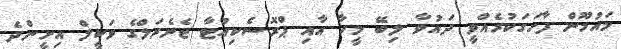
މައުމޫން ފާހަގަކުރެއްވީ ދައުވާ ލިބޭ މީހާ އާއި ޕްރޮސެކިއުޓާ ޖެނެރަލްގެ ވަކީލް އިށީންދެ